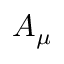
A _ { \mu }